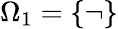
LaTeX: \Omega_{1}=\{ \lnot\}